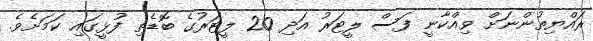
ރައްޔިތުންނަށް ވިއްކާނީ ފަސް ލީޓަރު އަދި 20 ލީޓަރުގެ ބޮޑެތި ފުޅީގައި ކަމަށެވެ.